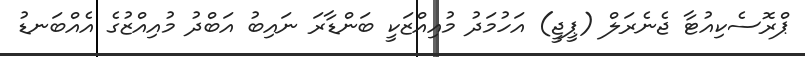
ޕްރޮސެކިއުޓާ ޖެނެރަލް (ޕީޖީ) އަހުމަދު މުއިއްޒަކީ ބަންޑާރަ ނައިބު އަބްދު މުއިއްޒުގެ އެއްބަނޑު